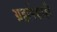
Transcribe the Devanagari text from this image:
ग्रहापेक्षाही